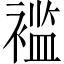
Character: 褴